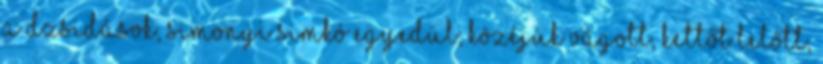
a dzsidások, Simonyi Simkó egyedül; közéjük vágott, kettőt lelőtt,